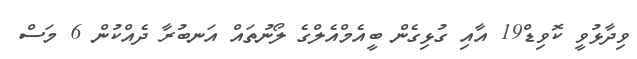
ވިދާޅުވީ ކޮވިޑް19 އާއި ގުޅިގެން ބީއެމްއެލްގެ ލޯނުތައް އަނބުރާ ދެއްކުން 6 މަސް